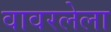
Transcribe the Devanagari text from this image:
वावरलेला